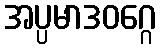
အပ္ပမာဒဝဂ္ဂေ